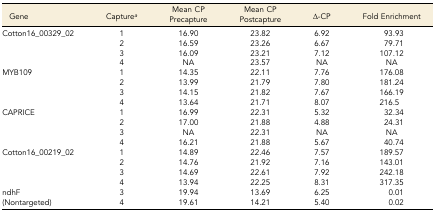
<table><thead><tr><td><b>Gene</b></td><td><b>Capture<i><sup>a</sup></i></b></td><td><b>Mean CP Precapture</b></td><td><b>Mean CP Postcapture</b></td><td><b>∆-CP</b></td><td><b>Fold Enrichment</b></td></tr></thead><tbody><tr><td rowspan="4">Cotton16_00329_02</td><td>1</td><td>16.90</td><td>23.82</td><td>6.92</td><td>93.93</td></tr><tr><td>2</td><td>16.59</td><td>23.26</td><td>6.67</td><td>79.71</td></tr><tr><td>3</td><td>16.09</td><td>23.21</td><td>7.12</td><td>107.12</td></tr><tr><td>4</td><td>NA</td><td>23.57</td><td>NA</td><td>NA</td></tr><tr><td rowspan="4">MYB109</td><td>1</td><td>14.35</td><td>22.11</td><td>7.76</td><td>176.08</td></tr><tr><td>2</td><td>13.99</td><td>21.79</td><td>7.80</td><td>181.24</td></tr><tr><td>3</td><td>14.15</td><td>21.82</td><td>7.67</td><td>166.19</td></tr><tr><td>4</td><td>13.64</td><td>21.71</td><td>8.07</td><td>216.5</td></tr><tr><td rowspan="4">CAPRICE</td><td>1</td><td>16.99</td><td>22.31</td><td>5.32</td><td>32.34</td></tr><tr><td>2</td><td>17.00</td><td>21.88</td><td>4.88</td><td>24.31</td></tr><tr><td>3</td><td>NA</td><td>22.31</td><td>NA</td><td>NA</td></tr><tr><td>4</td><td>16.21</td><td>21.88</td><td>5.67</td><td>40.74</td></tr><tr><td rowspan="4">Cotton16_00219_02</td><td>1</td><td>14.89</td><td>22.46</td><td>7.57</td><td>189.57</td></tr><tr><td>2</td><td>14.76</td><td>21.92</td><td>7.16</td><td>143.01</td></tr><tr><td>3</td><td>14.69</td><td>22.61</td><td>7.92</td><td>242.18</td></tr><tr><td>4</td><td>13.94</td><td>22.25</td><td>8.31</td><td>317.35</td></tr><tr><td>ndhF</td><td>3</td><td>19.94</td><td>13.69</td><td>6.25</td><td>0.01</td></tr><tr><td>(Nontargeted)</td><td>4</td><td>19.61</td><td>14.21</td><td>5.40</td><td>0.02</td></tr></tbody></table>